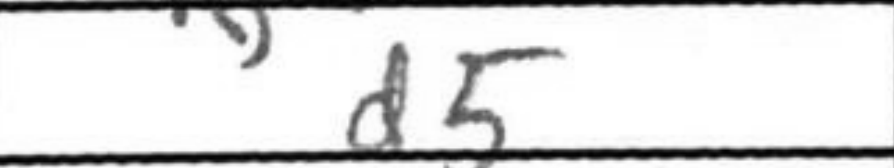
Transcription: d5